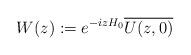
LaTeX: \begin{align*}W(z):=e^{-izH_0}\overline{U(z,0)}\end{align*}